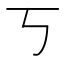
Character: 丂